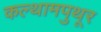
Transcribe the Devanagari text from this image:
कल्थामपुथूर